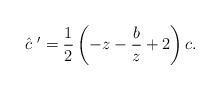
LaTeX: \begin{align*}\hat{c}~'= \frac{1}{2}\left(-z-\frac{b}{z} +2 \right)c.\end{align*}